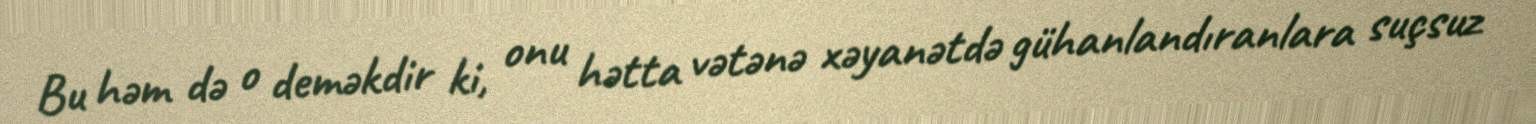
Bu həm də o deməkdir ki, onu hətta vətənə xəyanətdə gühanlandıranlara suçsuz